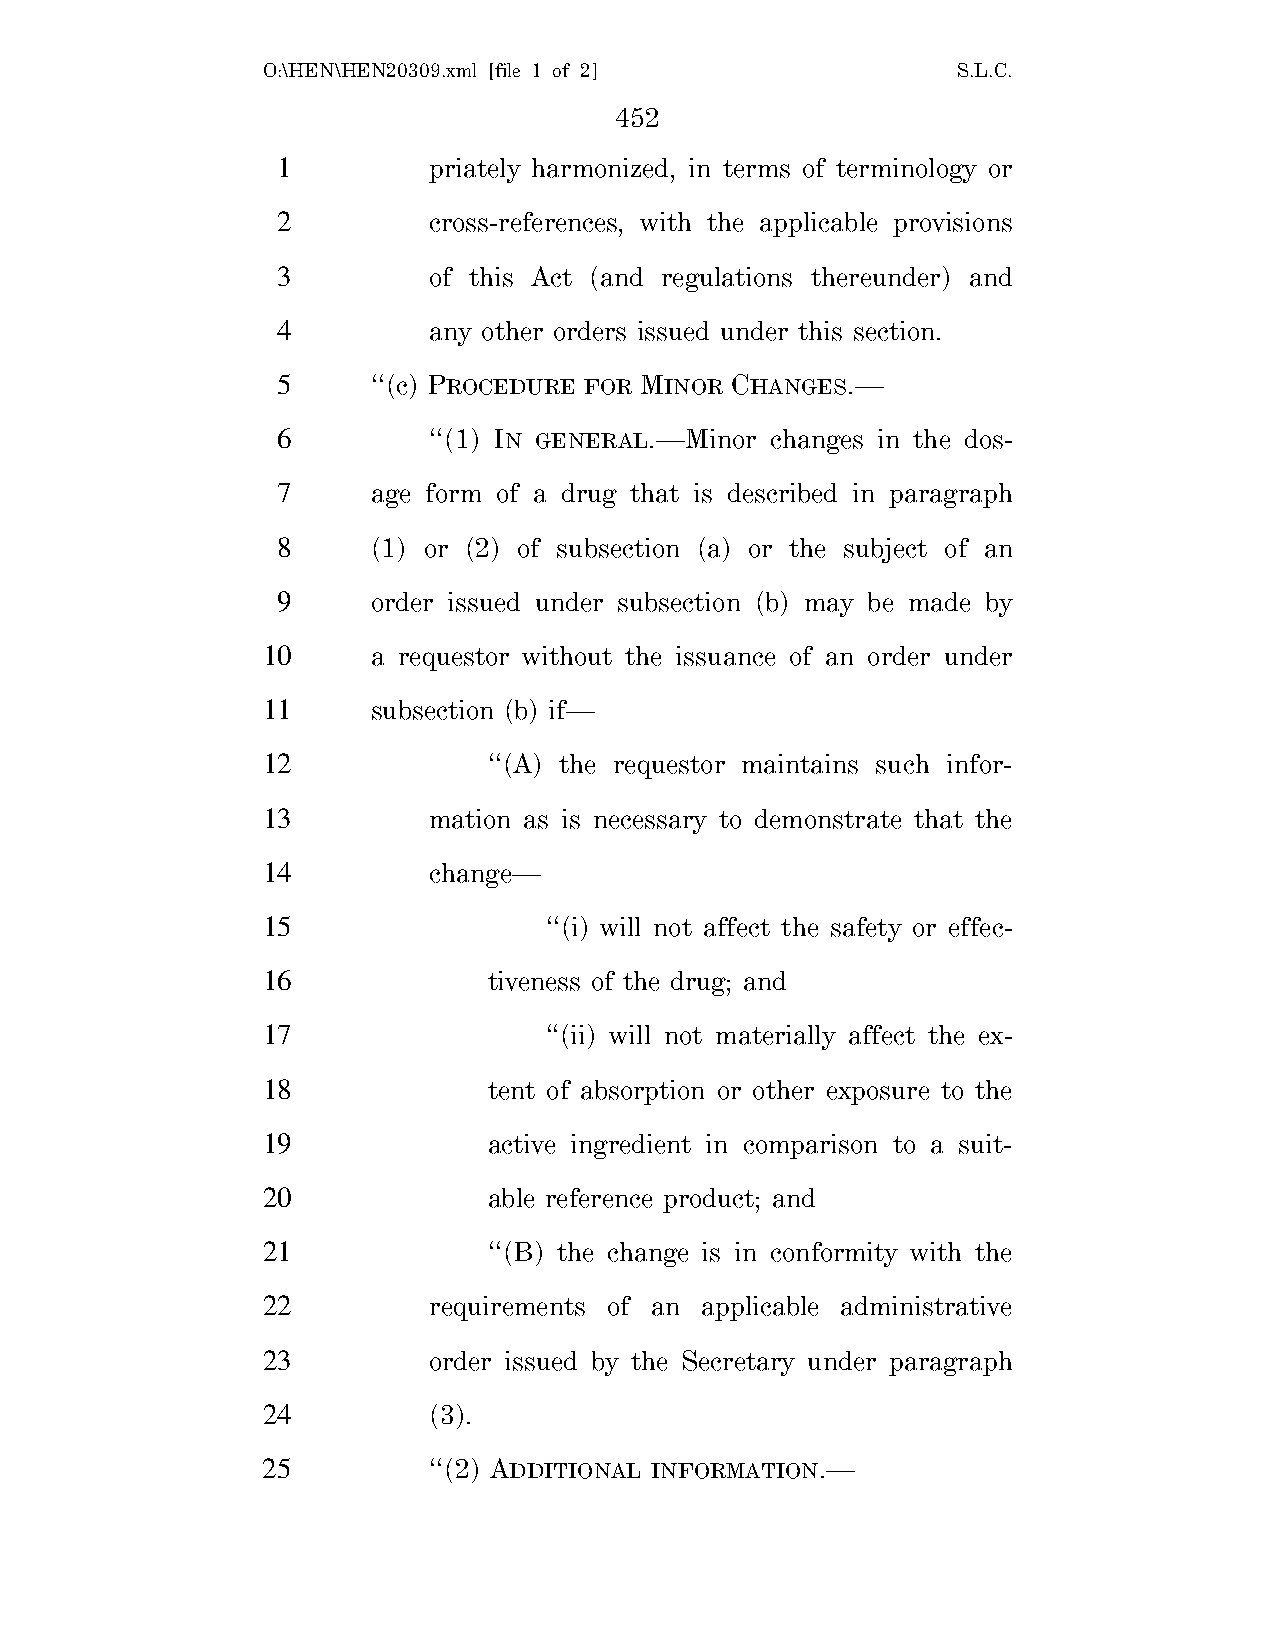
O:\HEN\HEN20309.xml [file 1 of 2]             S.L.C.
 452
 1         priately harmonized, in terms of terminology or
 2         cross-references, with the applicable provisions
 3         of this Act (and regulations thereunder) and
 4         any other orders issued under this section.
 5      ‘‘(c) PROCEDURE FOR MINOR CHANGES.—
 6         ‘‘(1) IN GENERAL.—Minor changes in the dos-
 7      age form of a drug that is described in paragraph
 8      (1) or (2) of subsection (a) or the subject of an
 9      order issued under subsection (b) may be made by
 10      a requestor without the issuance of an order under
 11      subsection (b) if—
 12             ‘‘(A) the requestor maintains such infor-
 13         mation as is necessary to demonstrate that the
 14         change—
 15                 ‘‘(i) will not affect the safety or effec-
 16             tiveness of the drug; and
 17                 ‘‘(ii) will not materially affect the ex-
 18             tent of absorption or other exposure to the
 19             active ingredient in comparison to a suit-
 20             able reference product; and
 21             ‘‘(B) the change is in conformity with the
 22         requirements of an applicable administrative
 23         order issued by the Secretary under paragraph
 24         (3).
 25         ‘‘(2) ADDITIONAL INFORMATION.—